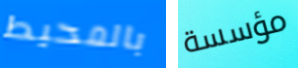
بالمحيط مؤسسة